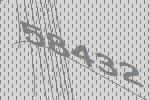
58432